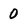
Character: 0